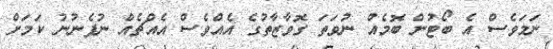
ނަމަވެސް އެ ބޯޓުން ބޮމެއް ނުވަތަ ގޮވާޒާތުގެ އެއްވެސް އެއްޗެއް ނުފެނުނު ކަމަށް